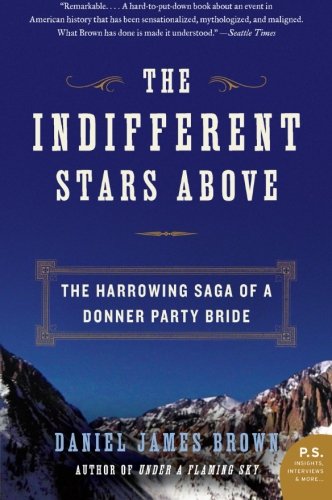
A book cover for The Indifferent Stars Above: The Harrowing Saga of the Donner Party; Daniel James Brown; History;